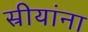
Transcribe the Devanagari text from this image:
स्रीयांना